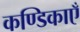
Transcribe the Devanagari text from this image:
कण्डिकाएँ